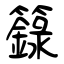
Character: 籙